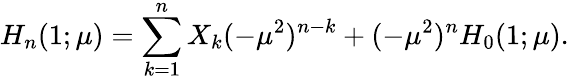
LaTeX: H_{n}(1;\mu)=\sum_{k=1}^{n}X_{k}(-\mu^{2})^{n-k}+(-\mu^{2})^{n}H_{0}(1;\mu).